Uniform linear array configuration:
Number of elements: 12
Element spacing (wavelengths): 0.5
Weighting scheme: hamming
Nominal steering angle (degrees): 0
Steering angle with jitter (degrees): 1.283
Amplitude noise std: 0.05
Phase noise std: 0.05

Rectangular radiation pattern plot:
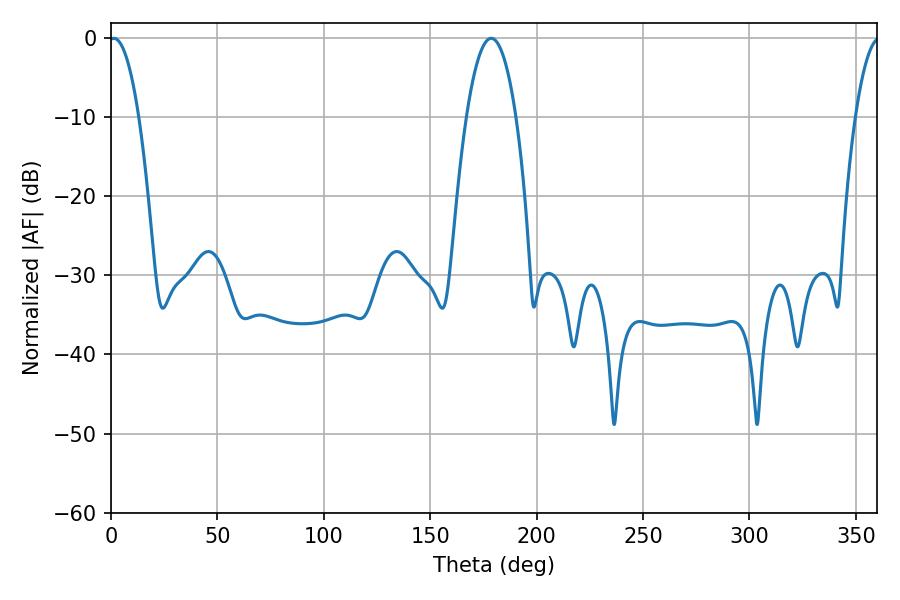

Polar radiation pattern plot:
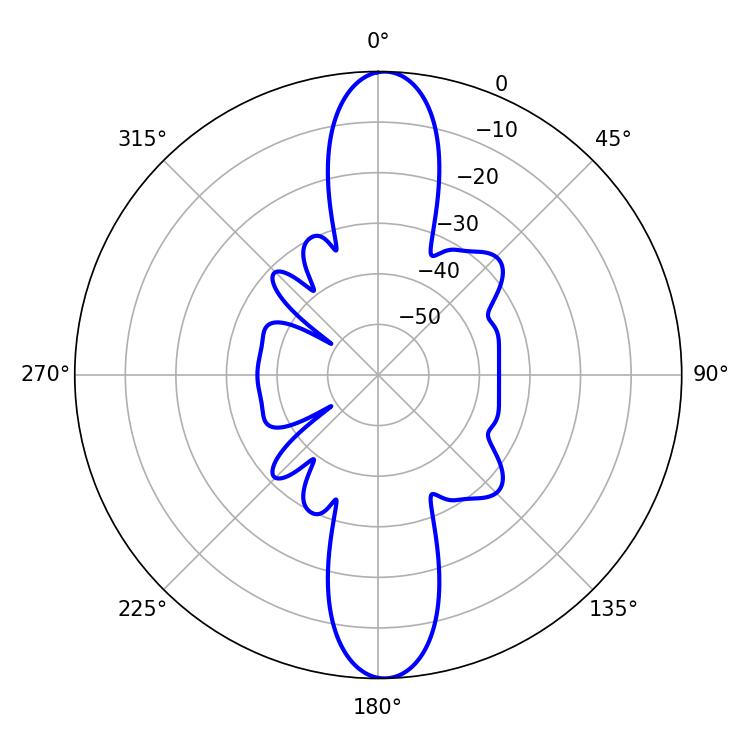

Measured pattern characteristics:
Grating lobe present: FALSE
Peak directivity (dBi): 22.175
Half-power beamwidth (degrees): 7.74
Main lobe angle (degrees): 1.26